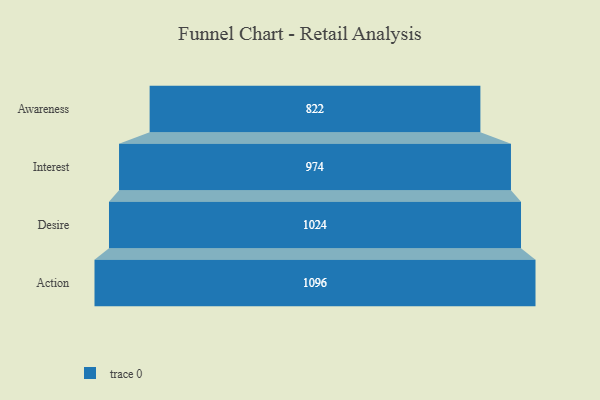
{"axis": {"x": "Stage", "y": "Value"}, "legend": [""], "data": [{"x": "Awareness", "y": 822.0, "type": ""}, {"x": "Interest", "y": 974.0, "type": ""}, {"x": "Desire", "y": 1024.0, "type": ""}, {"x": "Action", "y": 1096.0, "type": ""}]}